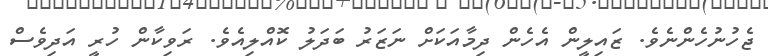
ޖެހުނުހެންނެވެ. ޒައިލީން އެހެން ދިމާއަކަށް ނަޒަރު ބަދަލު ކޮއްލިއެވެ. ރަވިކާން ހުރީ އަދިވެސް